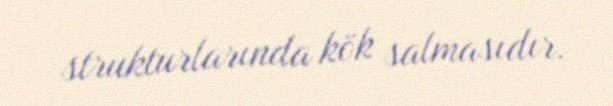
strukturlarında kök salmasıdır.